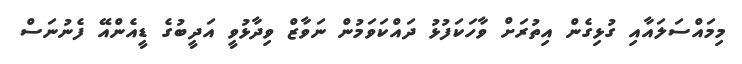
މިމައްސަލައާއި ގުޅިގެން އިތުރަށް ވާހަކަފުޅު ދައްކަވަމުން ނަވާޒް ވިދާޅުވީ އަދީބުގެ ޑީއެންއޭ ފެނުނަސް